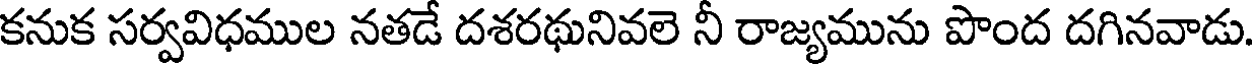
కనుక సర్వవిధముల నతడే దశరథునివలె నీ రాజ్యమును పొంద దగినవాడు